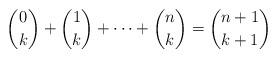
LaTeX: \begin{align*}\binom{0}{k} + \binom{1}{k} + \cdots + \binom{n}{k}=\binom{n+1}{k+1}\end{align*}